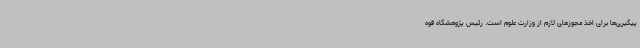
پیگیری‌ها برای اخذ مجوزهای لازم از وزارت علوم است. رئیس پژوهشگاه قوه